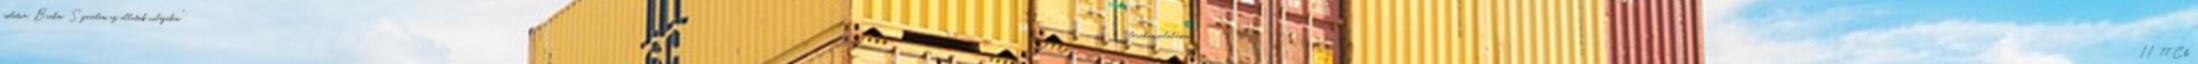
említve: Brehm: Szerelem az állatok világában "lexikoncsalódásom" II 77 Ch.